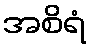
အစိရံ